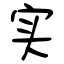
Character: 实